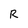
Character: R